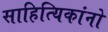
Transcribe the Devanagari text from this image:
साहित्यिकांनो